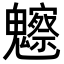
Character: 𩴳